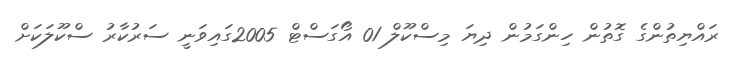
ރައްޔިތުންގެ ގޮތުން ހިންގަމުން ދިޔަ މިސްކޫލް 01 އޯގަސްޓް 2005ގައިވަނީ ސަރުކާރު ސްކޫލަކަށް